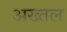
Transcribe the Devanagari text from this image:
अख्तल